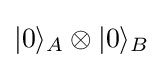
|0\rangle _{A}\otimes |0\rangle _{B}